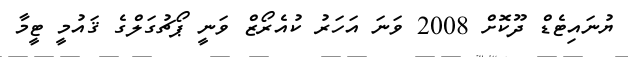
ޔުނައިޓެޑް ދޫކޮށް 2008 ވަނަ އަހަރު ކުއެރޯޒް ވަނީ ޕޯޗުގަލްގެ ޤައުމީ ޓީމާ